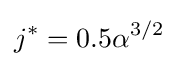
j^{*}=0.5\alpha ^{3/2}